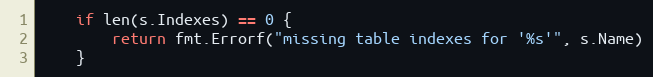
Language: Go
	if len(s.Indexes) == 0 {
		return fmt.Errorf("missing table indexes for '%s'", s.Name)
	}